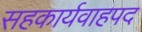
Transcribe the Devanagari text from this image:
सहकार्यवाहपद